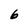
Character: 6